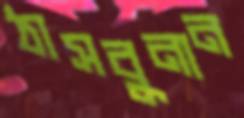
ঠাসবুনান